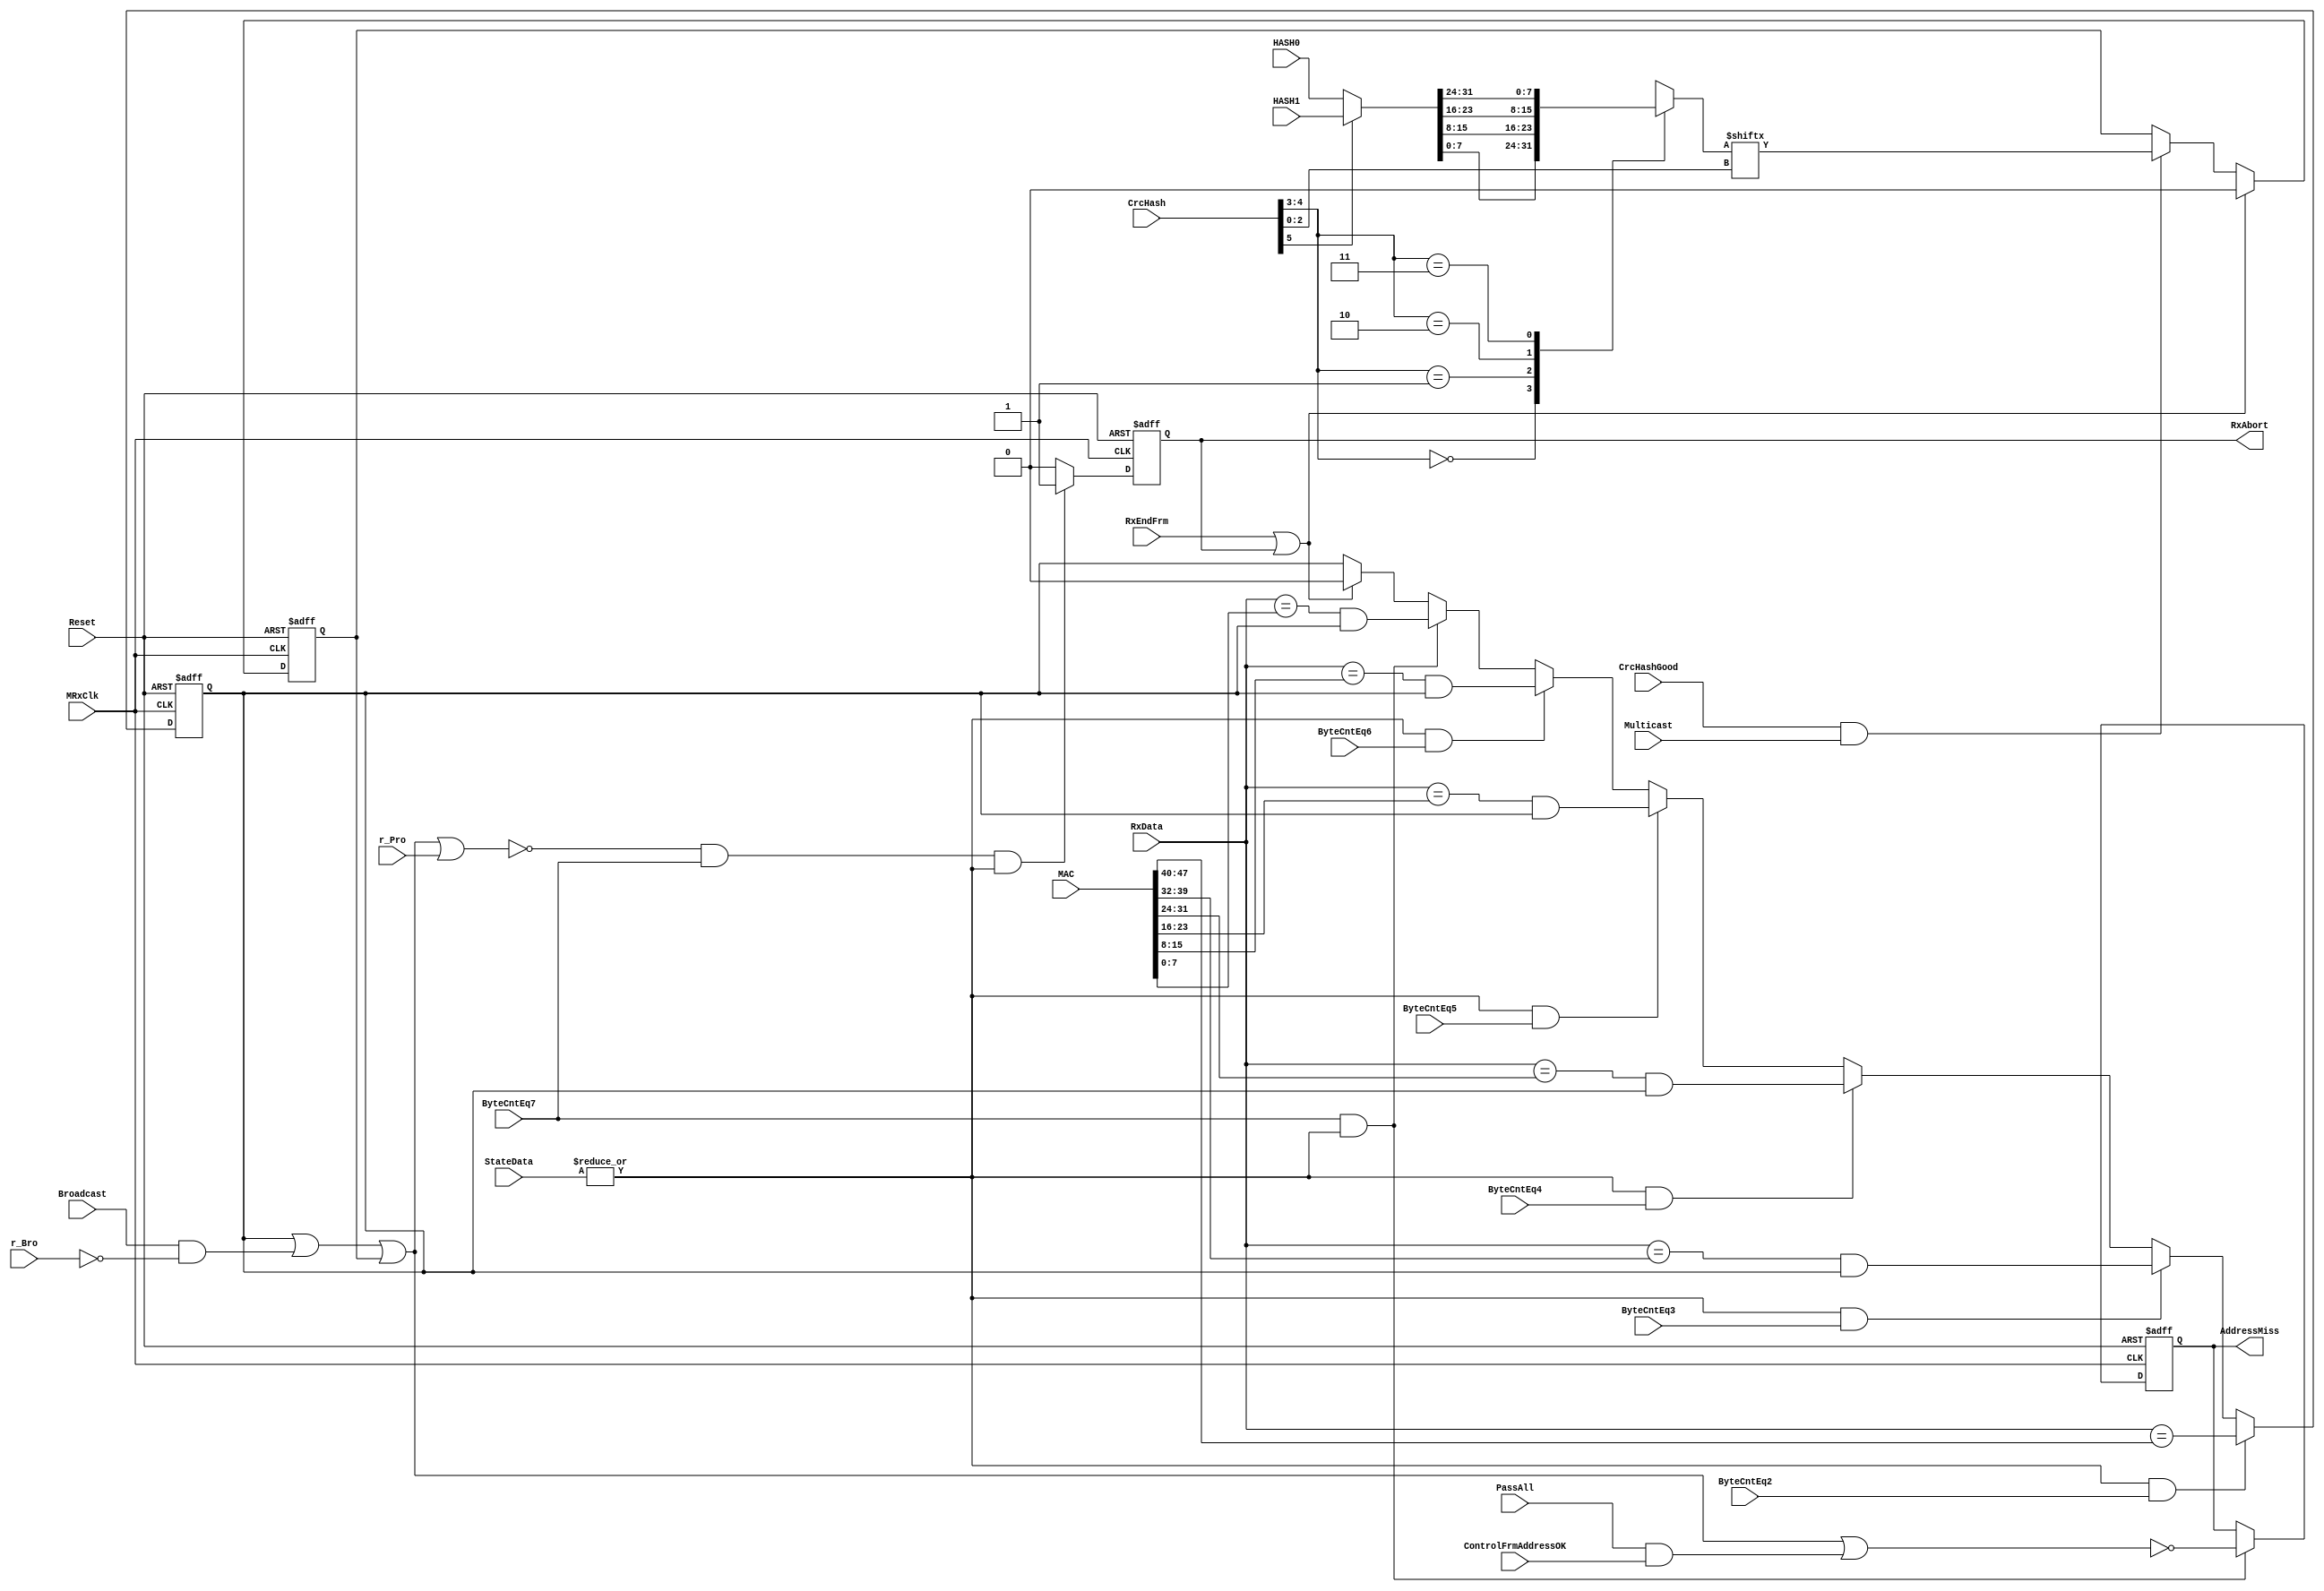
module eth_rxaddrcheck_2(MRxClk,  Reset, RxData, Broadcast ,r_Bro ,r_Pro,
                       ByteCntEq2, ByteCntEq3, ByteCntEq4, ByteCntEq5,
                       ByteCntEq6, ByteCntEq7, HASH0, HASH1, 
                       CrcHash,    CrcHashGood, StateData, RxEndFrm,
                       Multicast, MAC, RxAbort, AddressMiss, PassAll,
                       ControlFrmAddressOK
                      );
parameter Tp = 1;
  input        MRxClk; 
  input        Reset; 
  input [7:0]  RxData; 
  input        Broadcast; 
  input        r_Bro; 
  input        r_Pro; 
  input        ByteCntEq2;
  input        ByteCntEq3;
  input        ByteCntEq4;
  input        ByteCntEq5;
  input        ByteCntEq6;
  input        ByteCntEq7;
  input [31:0] HASH0; 
  input [31:0] HASH1; 
  input [5:0]  CrcHash; 
  input        CrcHashGood; 
  input        Multicast; 
  input [47:0] MAC;
  input [1:0]  StateData;
  input        RxEndFrm;
  input        PassAll;
  input        ControlFrmAddressOK;
  output       RxAbort;
  output       AddressMiss;
 wire BroadcastOK;
 wire ByteCntEq2;
 wire ByteCntEq3;
 wire ByteCntEq4; 
 wire ByteCntEq5;
 wire RxAddressInvalid;
 wire RxCheckEn;
 wire HashBit;
 wire [31:0] IntHash;
 reg [7:0]  ByteHash;
 reg MulticastOK;
 reg UnicastOK;
 reg RxAbort;
 reg AddressMiss;
assign RxAddressInvalid = ~(UnicastOK | BroadcastOK | MulticastOK | r_Pro);
assign BroadcastOK = Broadcast & ~r_Bro;
assign RxCheckEn   = | StateData;
always @ (posedge MRxClk or posedge Reset)
begin
  if(Reset)
    RxAbort <=  1'b0;
  else if(RxAddressInvalid & ByteCntEq7 & RxCheckEn)
    RxAbort <=  1'b1;
  else
    RxAbort <=  1'b0;
end
always @ (posedge MRxClk or posedge Reset)
begin
  if(Reset)
    AddressMiss <=  1'b0;
  else if(ByteCntEq7 & RxCheckEn)
    AddressMiss <=  (~(UnicastOK | BroadcastOK | MulticastOK | (PassAll & ControlFrmAddressOK)));
end
always @ (posedge MRxClk or posedge Reset)
begin
  if(Reset)
    MulticastOK <=  1'b0;
  else if(RxEndFrm | RxAbort)
    MulticastOK <=  1'b0;
  else if(CrcHashGood & Multicast)
    MulticastOK <=  HashBit;
end
always @ (posedge MRxClk or posedge Reset)
begin
  if(Reset)
    UnicastOK <=  1'b0;
  else
  if(RxCheckEn & ByteCntEq2)
    UnicastOK <=    RxData[7:0] == MAC[47:40];
  else
  if(RxCheckEn & ByteCntEq3)
    UnicastOK <=  ( RxData[7:0] == MAC[39:32]) & UnicastOK;
  else
  if(RxCheckEn & ByteCntEq4)
    UnicastOK <=  ( RxData[7:0] == MAC[31:24]) & UnicastOK;
  else
  if(RxCheckEn & ByteCntEq5)
    UnicastOK <=  ( RxData[7:0] == MAC[23:16]) & UnicastOK;
  else
  if(RxCheckEn & ByteCntEq6)
    UnicastOK <=  ( RxData[7:0] == MAC[15:8])  & UnicastOK;
  else
  if(RxCheckEn & ByteCntEq7)
    UnicastOK <=  ( RxData[7:0] == MAC[7:0])   & UnicastOK;
  else
  if(RxEndFrm | RxAbort)
    UnicastOK <=  1'b0;
end
assign IntHash = (CrcHash[5])? HASH1 : HASH0;
always@(CrcHash or IntHash)
begin
  case(CrcHash[4:3])
    2'b00: ByteHash = IntHash[7:0];
    2'b01: ByteHash = IntHash[15:8];
    2'b10: ByteHash = IntHash[23:16];
    2'b11: ByteHash = IntHash[31:24];
  endcase
end
assign HashBit = ByteHash[CrcHash[2:0]];
endmodule